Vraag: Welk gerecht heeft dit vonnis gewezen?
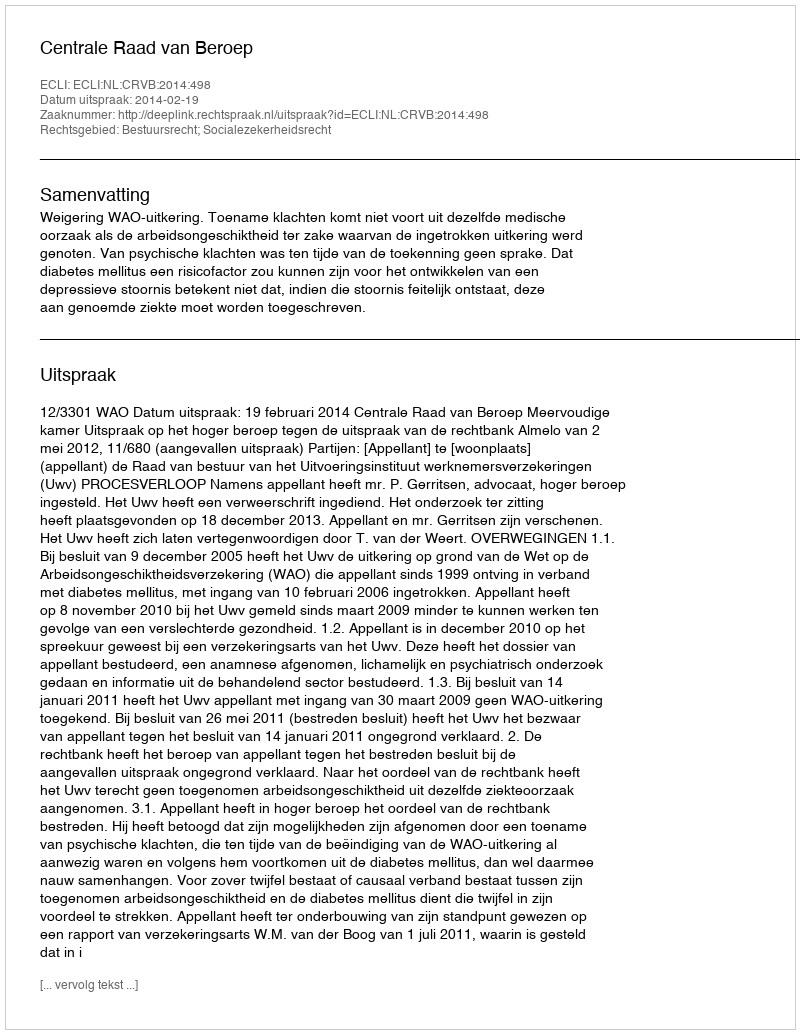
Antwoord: Centrale Raad van Beroep